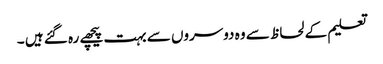
تعلیم کے لحاظ سے وہ دوسروں سے بہت پیچھے رہ گئے ہیں ۔